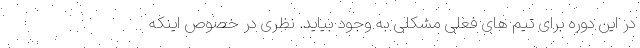
در این دوره برای تیم های فعلی مشکلی به وجود بیاید. نظری در خصوص اینکه